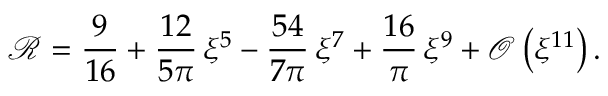
\mathcal { R } = \frac { 9 } { 1 6 } + \frac { 1 2 } { 5 \pi } \, \xi ^ { 5 } - \frac { 5 4 } { 7 \pi } \, \xi ^ { 7 } + \frac { 1 6 } { \pi } \, \xi ^ { 9 } + \mathcal { O } \left( \xi ^ { 1 1 } \right) .